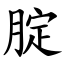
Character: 腚